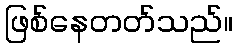
ဖြစ်နေတတ်သည်။